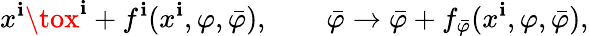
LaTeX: x^{\mathbf{i}}\tox^{\mathbf{i}}+f^{\mathbf{i}}(x^{\mathbf{i}},\varphi,\bar{{\varphi}}),\qquad\bar{{\varphi}}\to\bar{{\varphi}}+f_{\bar{{\varphi}}}(x^{\mathbf{i}},\varphi,\bar{{\varphi}}),